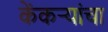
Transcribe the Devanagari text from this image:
केंकर्‍यांचा